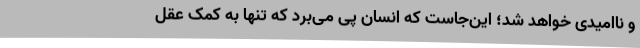
و ناامیدی خواهد شد؛ این‌جاست که انسان پی می‌برد که تنها به کمک عقل